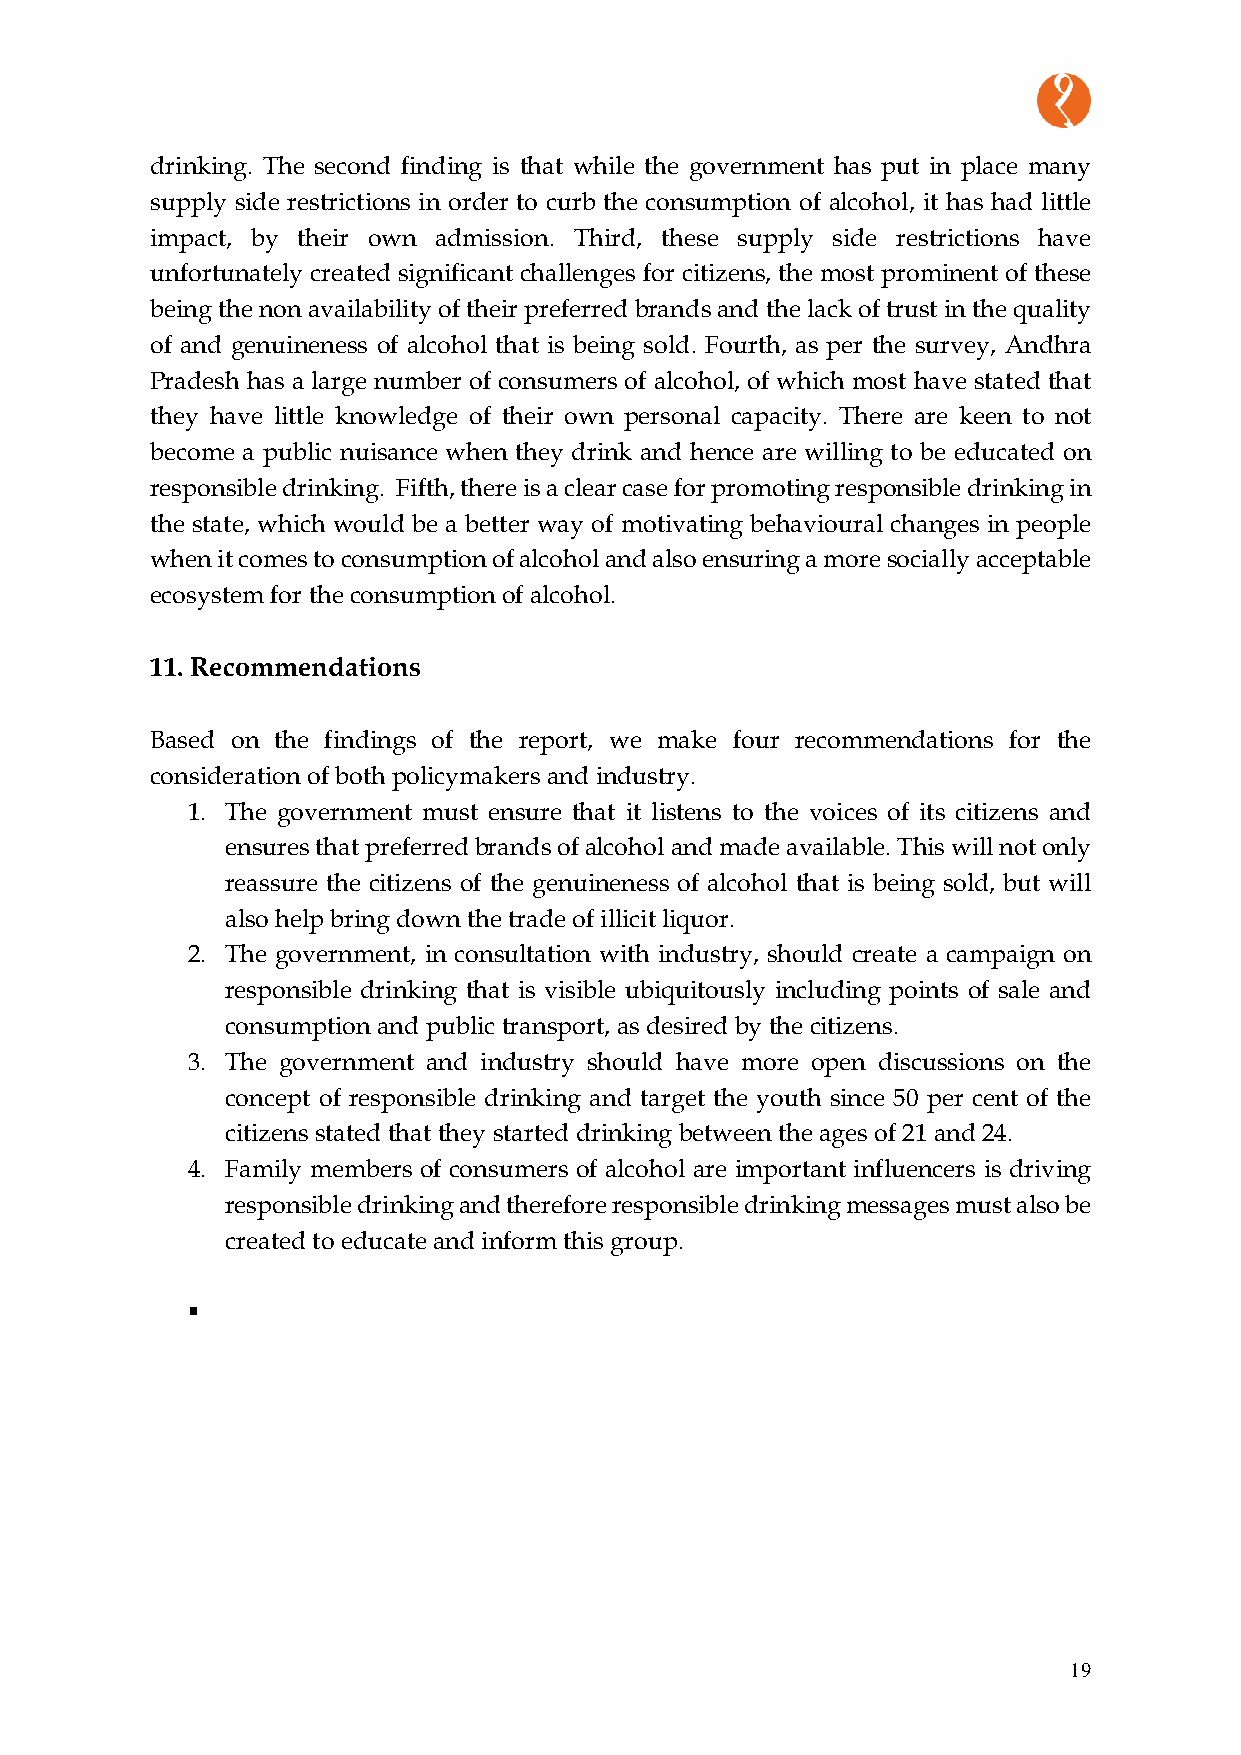
drinking. The second finding is that while the government has put in place many
 supply side restrictions in order to curb the consumption of alcohol, it has had little
 impact, by their own admission. Third, these supply side restrictions have
 unfortunately created significant challenges for citizens, the most prominent of these
 being the non availability of their preferred brands and the lack of trust in the quality
 of and genuineness of alcohol that is being sold. Fourth, as per the survey, Andhra
 Pradesh has a large number of consumers of alcohol, of which most have stated that
 they have little knowledge of their own personal capacity. There are keen to not
 become a public nuisance when they drink and hence are willing to be educated on
 responsible drinking. Fifth, there is a clear case for promoting responsible drinking in
 the state, which would be a better way of motivating behavioural changes in people
 when it comes to consumption of alcohol and also ensuring a more socially acceptable
 ecosystem for the consumption of alcohol.
 11. Recommendations
 Based on the findings of the report, we make four recommendations for the
 consideration of both policymakers and industry.
 1. The government must ensure that it listens to the voices of its citizens and
 ensures that preferred brands of alcohol and made available. This will not only
 reassure the citizens of the genuineness of alcohol that is being sold, but will
 also help bring down the trade of illicit liquor.
 2. The government, in consultation with industry, should create a campaign on
 responsible drinking that is visible ubiquitously including points of sale and
 consumption and public transport, as desired by the citizens.
 3. The government and industry should have more open discussions on the
 concept of responsible drinking and target the youth since 50 per cent of the
 citizens stated that they started drinking between the ages of 21 and 24.
 4. Family members of consumers of alcohol are important influencers is driving
 responsible drinking and therefore responsible drinking messages must also be
 created to educate and inform this group.
 ▪
 19